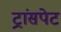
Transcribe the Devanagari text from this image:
ट्रांसपेट